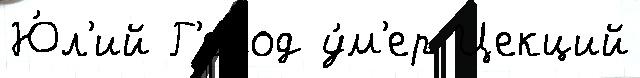
Ю́л'ий Г'ерод у́м'ер Цекций